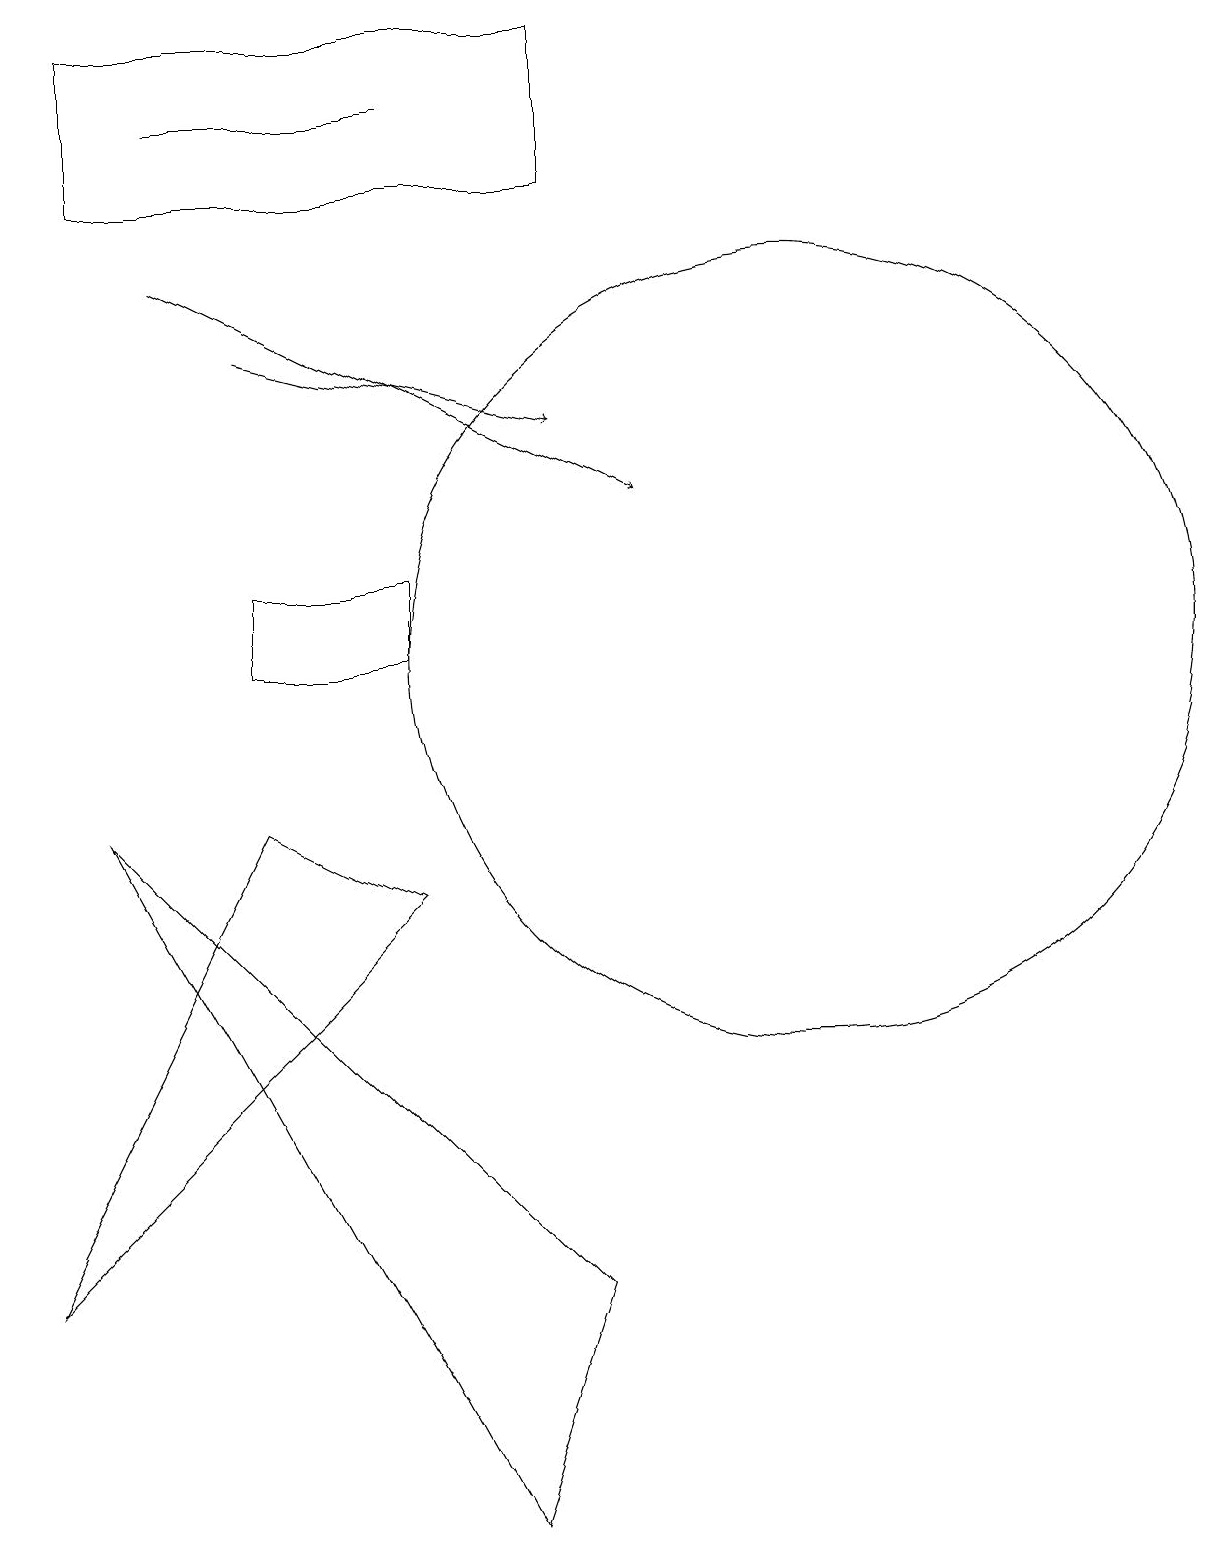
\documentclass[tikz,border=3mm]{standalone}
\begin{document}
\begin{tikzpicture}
\draw (1,9) -- (7,3) -- (6,0) -- cycle;
\draw (5,18) rectangle (2,18);
\draw[->] (3,15) -- (7,14);
\draw (3,9) -- (5,8) -- (0,3) -- cycle;
\draw (10,11) circle (5);
\draw (7,19) rectangle (1,17);
\draw[->] (2,16) -- (8,13);
\draw (3,11) rectangle (5,12);
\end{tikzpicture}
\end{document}